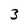
Character: 3